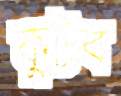
কুটব